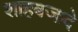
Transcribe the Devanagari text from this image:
शाहबजादे